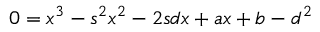
0 = x ^ { 3 } - s ^ { 2 } x ^ { 2 } - 2 s d x + a x + b - d ^ { 2 }